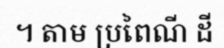
។ តាម ប្រពៃណី ដី